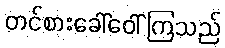
တင်စားခေါ်ဝေါ်ကြသည်